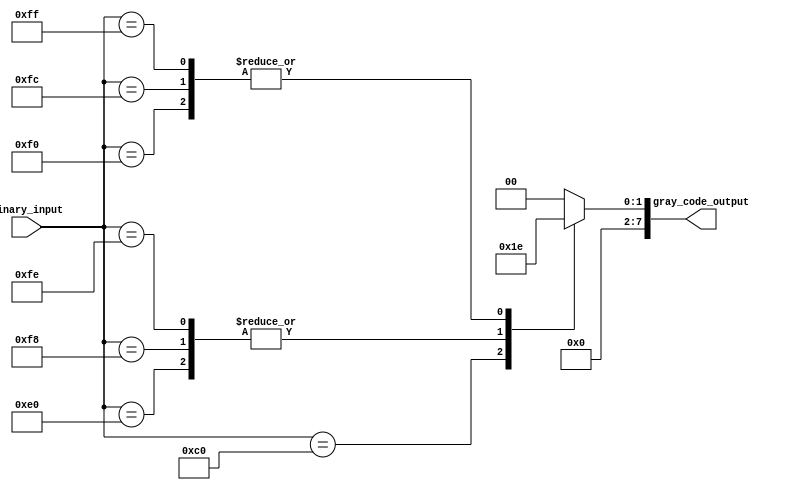
module GrayCodePriorityEncoder (
    input [7:0] binary_input,
    output reg [7:0] gray_code_output
);

always @(*) begin
    case(binary_input)
        8'b10000000: gray_code_output = 8'b00000000; // decimal value 128
        8'b11000000: gray_code_output = 8'b00000001; // decimal value 192
        8'b11100000: gray_code_output = 8'b00000011; // decimal value 224
        8'b11110000: gray_code_output = 8'b00000010; // decimal value 240
        8'b11111000: gray_code_output = 8'b00000011; // decimal value 248
        8'b11111100: gray_code_output = 8'b00000010; // decimal value 252
        8'b11111110: gray_code_output = 8'b00000011; // decimal value 254
        8'b11111111: gray_code_output = 8'b00000010; // decimal value 255
        default: gray_code_output = 8'b00000000;
    endcase
end
endmodule